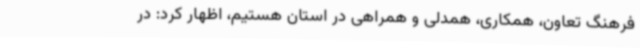
فرهنگ تعاون، همکاری، همدلی و همراهی در استان هستیم، اظهار کرد: در